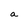
Character: a